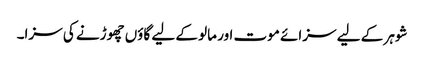
شوہر کے لیے سزائے موت اور مالو کے لیے گاؤں چھوڑنے کی سزا۔